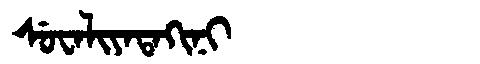
Manchu: ᠰᡠᠸᠠᠯᡳᠶᠠᡨᠠᡴᡳᠨᡳ
Romanization: SUWALIYATAKINI